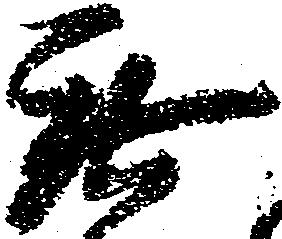
無